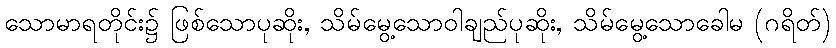
သောမာရတိုင်း၌ ဖြစ်သောပုဆိုး, သိမ်မွေ့သောဝါချည်ပုဆိုး, သိမ်မွေ့သောခေါမ (ဂရိတ်)